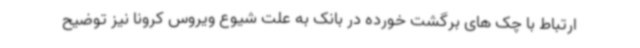
ارتباط با چک های برگشت خورده در بانک به علت شیوع ویروس کرونا نیز توضیح